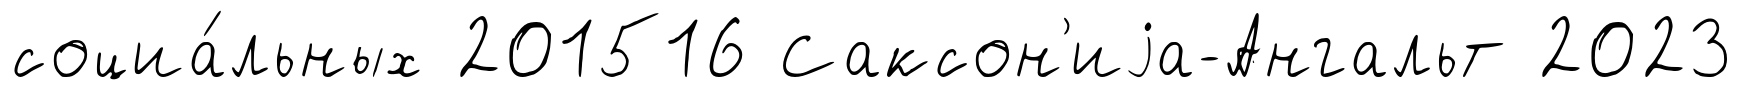
социа́льных 201516 Саксон'иjа-Ангальт 2023